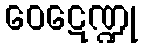
ဝေဋေဏ္ဍု